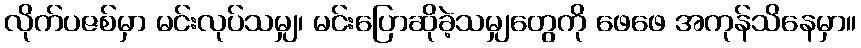
လိုက်ပဇစ်မှာ မင်းလုပ်သမျှ၊ မင်းပြောဆိုခဲ့သမျှတွေကို ဖေဖေ အကုန်သိနေမှာ။